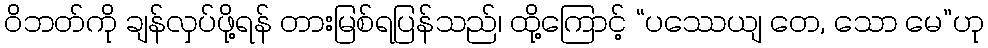
ဝိဘတ်ကို ချန်လှပ်ဖို့ရန် တားမြစ်ရပြန်သည်၊ ထို့ကြောင့် “ပဿေယျ တေ, သော မေ”ဟု